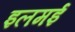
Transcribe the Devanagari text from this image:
इलमई